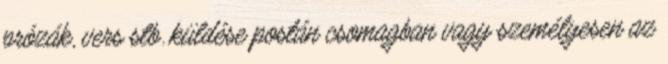
prózák, vers stb. küldése postán csomagban vagy személyesen az